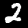
Label: 2